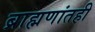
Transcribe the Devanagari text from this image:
ब्राह्मणांतही